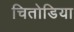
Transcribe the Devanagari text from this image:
चितोडिया